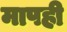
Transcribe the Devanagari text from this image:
मापही